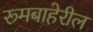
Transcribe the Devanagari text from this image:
रूमबाहेरील